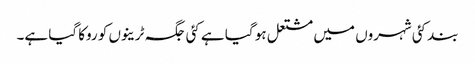
بند کئی شہروں میں مشتعل ہو گیا ہے کئی جگہ ٹرینوں کو روکا گیا ہے۔